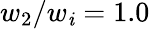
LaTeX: w_{2}/w_{\mathit{i}}=1.0